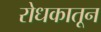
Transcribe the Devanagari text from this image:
रोधकातून